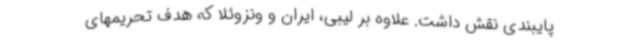
پایبندی نقش داشت. علاوه بر لیبی، ایران و ونزوئلا که هدف تحریمهای